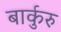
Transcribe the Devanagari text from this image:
बार्कुरु